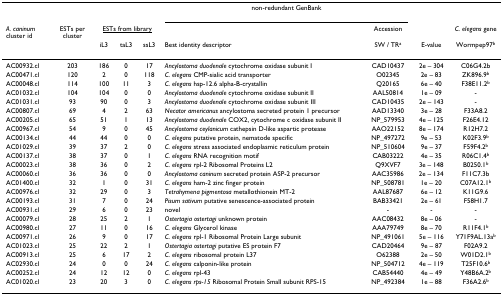
<table><thead><tr><td>[EMPTY_CELL]</td><td>[EMPTY_CELL]</td><td>[EMPTY_CELL]</td><td>[EMPTY_CELL]</td><td>[EMPTY_CELL]</td><td colspan="2"><b>non-redundant GenBank</b></td><td>[EMPTY_CELL]</td><td>[EMPTY_CELL]</td></tr><tr><td><b><i>A. caninum </i>cluster id</b></td><td><b>ESTs per cluster</b></td><td colspan="3"><b><underline>ESTs from library</underline></b></td><td>[EMPTY_CELL]</td><td><b>Accession</b></td><td>[EMPTY_CELL]</td><td><b><i>C. elegans </i>gene</b></td></tr><tr><td>[EMPTY_CELL]</td><td>[EMPTY_CELL]</td><td><b>iL3</b></td><td><b>taL3</b></td><td><b>ssL3</b></td><td><b>Best identity descriptor</b></td><td><b>SW / TR<sup>a</sup></b></td><td><b>E-value</b></td><td><b>Wormpep97<sup>b</sup></b></td></tr></thead><tbody><tr><td>AC00932.cl</td><td>203</td><td>186</td><td>0</td><td>17</td><td><i>Ancylostoma duodenale </i>cytochrome oxidase subunit I</td><td>CAD10437</td><td>2e – 304</td><td>C06G4.2b</td></tr><tr><td>AC00471.cl</td><td>120</td><td>2</td><td>0</td><td>118</td><td><i>C. elegans </i>CMP-sialic acid transporter</td><td>O02345</td><td>2e – 83</td><td>ZK896.9<sup>b</sup></td></tr><tr><td>AC00048.cl</td><td>114</td><td>100</td><td>11</td><td>3</td><td><i>C. elegans </i>hsp-12.6 alpha-B-crystallin</td><td>Q20165</td><td>6e – 40</td><td>F38E11.2<sup>b</sup></td></tr><tr><td>AC01032.cl</td><td>104</td><td>104</td><td>0</td><td>0</td><td><i>Ancylostoma duodenale </i>cytochrome oxidase subunit II</td><td>AAL50814</td><td>1e – 09</td><td>-</td></tr><tr><td>AC01031.cl</td><td>93</td><td>90</td><td>0</td><td>3</td><td><i>Ancylostoma duodenale </i>cytochrome oxidase subunit III</td><td>CAD10435</td><td>2e – 143</td><td>-</td></tr><tr><td>AC00807.cl</td><td>69</td><td>4</td><td>2</td><td>63</td><td><i>Necator americanus </i>ancylostoma secreted protein 1 precursor</td><td>AAD13340</td><td>3e – 28</td><td>F33A8.2</td></tr><tr><td>AC00205.cl</td><td>65</td><td>51</td><td>1</td><td>13</td><td><i>Ancylostoma duodenale </i>COX2, cytochrome c oxidase subunit II</td><td>NP_579953</td><td>4e – 125</td><td>F26E4.12</td></tr><tr><td>AC00967.cl</td><td>54</td><td>9</td><td>0</td><td>45</td><td><i>Ancylostoma ceylanicum </i>cathepsin D-like aspartic protease</td><td>AAO22152</td><td>8e – 174</td><td>R12H7.2</td></tr><tr><td>AC00134.cl</td><td>44</td><td>44</td><td>0</td><td>0</td><td><i>C. elegans </i>putative protein, nematode specific</td><td>NP_497272</td><td>9e – 53</td><td>K02F3.9<sup>b</sup></td></tr><tr><td>AC01029.cl</td><td>39</td><td>37</td><td>2</td><td>0</td><td><i>C. elegans </i>stress associated endoplasmic reticulum protein</td><td>NP_510604</td><td>9e – 37</td><td>F59F4.2<sup>b</sup></td></tr><tr><td>AC00137.cl</td><td>38</td><td>37</td><td>0</td><td>1</td><td><i>C. elegans </i>RNA recognition motif</td><td>CAB03222</td><td>4e – 35</td><td>R06C1.4<sup>b</sup></td></tr><tr><td>AC00023.cl</td><td>38</td><td>36</td><td>0</td><td>2</td><td><i>C. elegans </i>rpl-2 Ribosomal Proteins L2</td><td>Q9XVF7</td><td>3e – 148</td><td>B0250.1<sup>b</sup></td></tr><tr><td>AC00060.cl</td><td>36</td><td>36</td><td>0</td><td>0</td><td><i>Ancylostoma caninum </i>secreted protein ASP-2 precursor</td><td>AAC35986</td><td>2e – 134</td><td>F11C7.3b</td></tr><tr><td>AC01400.cl</td><td>32</td><td>1</td><td>0</td><td>31</td><td><i>C. elegans </i>ham-2 zinc finger protein</td><td>NP_508781</td><td>1e – 20</td><td>C07A12.1<sup>b</sup></td></tr><tr><td>AC00976.cl</td><td>32</td><td>29</td><td>0</td><td>3</td><td><i>Tetrahymena pigmentosa </i>metallothionein MT-2</td><td>AAL87687</td><td>6e – 12</td><td>K11G9.6</td></tr><tr><td>AC00193.cl</td><td>31</td><td>7</td><td>0</td><td>24</td><td><i>Pisum sativum </i>putative senescence-associated protein</td><td>BAB33421</td><td>2e – 61</td><td>F58H1.7</td></tr><tr><td>AC00931.cl</td><td>29</td><td>6</td><td>0</td><td>23</td><td>novel</td><td>-</td><td>-</td><td>-</td></tr><tr><td>AC00079.cl</td><td>28</td><td>25</td><td>2</td><td>1</td><td><i>Ostertagia ostertagi </i>unknown protein</td><td>AAC08432</td><td>8e – 06</td><td>-</td></tr><tr><td>AC00980.cl</td><td>27</td><td>11</td><td>0</td><td>16</td><td><i>C. elegans </i>Glycerol kinase</td><td>AAA79749</td><td>8e – 70</td><td>R11F4.1<sup>b</sup></td></tr><tr><td>AC00971.cl</td><td>26</td><td>9</td><td>0</td><td>17</td><td><i>C. elegans </i>rpl-1 Ribosomal Protein Large subunit</td><td>NP_491061</td><td>5e – 116</td><td>Y71F9AL.13a<sup>b</sup></td></tr><tr><td>AC01023.cl</td><td>25</td><td>22</td><td>2</td><td>1</td><td><i>Ostertagia ostertagi </i>putative ES protein F7</td><td>CAD20464</td><td>9e – 87</td><td>F02A9.2</td></tr><tr><td>AC00913.cl</td><td>25</td><td>6</td><td>17</td><td>2</td><td><i>C. elegans </i>ribosomal protein L37</td><td>O62388</td><td>2e – 50</td><td>W01D2.1<sup>b</sup></td></tr><tr><td>AC02930.cl</td><td>24</td><td>0</td><td>0</td><td>24</td><td><i>C. elegans </i>calponin-like protein</td><td>NP_504712</td><td>4e – 119</td><td>T25F10.6<sup>b</sup></td></tr><tr><td>AC00252.cl</td><td>24</td><td>12</td><td>12</td><td>0</td><td><i>C. elegans </i>rpl-43</td><td>CAB54440</td><td>4e – 49</td><td>Y48B6A.2<sup>b</sup></td></tr><tr><td>AC01020.cl</td><td>23</td><td>20</td><td>3</td><td>0</td><td><i>C. elegans rps-15 </i>Ribosomal Protein Small subunit RPS-15</td><td>NP_492384</td><td>1e – 88</td><td>F36A2.6<sup>b</sup></td></tr></tbody></table>